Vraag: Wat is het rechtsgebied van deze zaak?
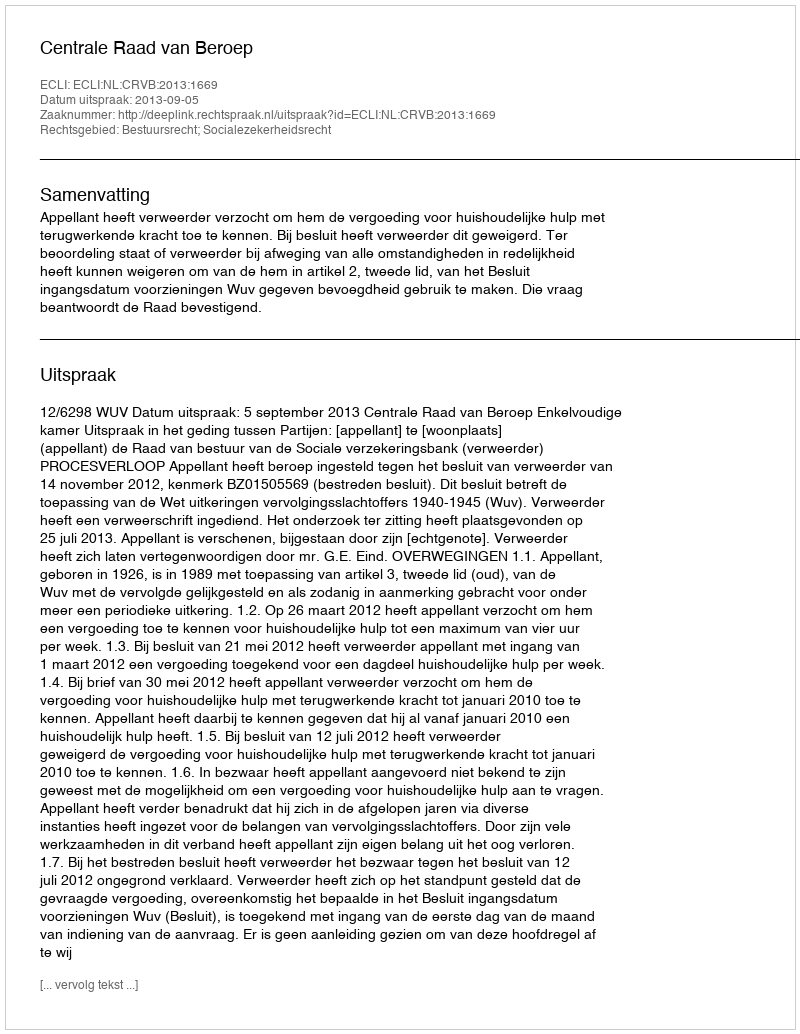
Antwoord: Bestuursrecht; Socialezekerheidsrecht